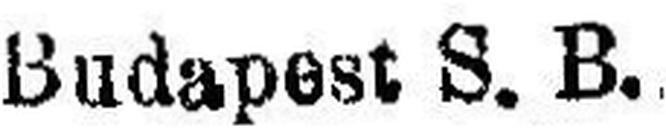
Budapest S. B.